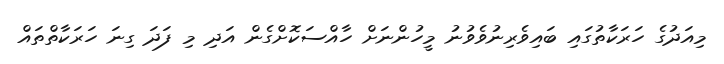
މިއަދުގެ ހަރަކާތުގައި ބައިވެރިނުވެވުނު މީހުންނަށް ހާއްސަކޮށްގެން އަދި މި ފަދަ ގިނަ ހަރަކާތްތައް